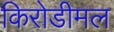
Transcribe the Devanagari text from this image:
किरोडीमल